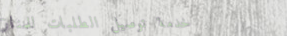
خدمة توصيل الطلبات للمناز